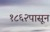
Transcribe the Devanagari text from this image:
१८६२पासून